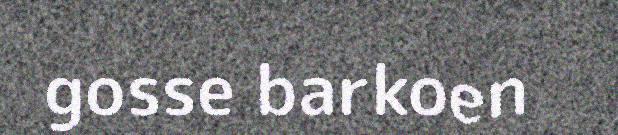
gosse barkoen